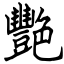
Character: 艷